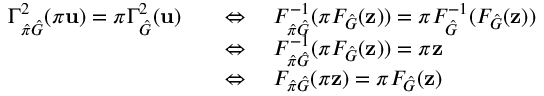
\begin{array} { r l } { \Gamma _ { \hat { \pi } \hat { G } } ^ { 2 } ( \pi \mathbf { u } ) = \pi \Gamma _ { \hat { G } } ^ { 2 } ( \mathbf { u } ) } & { \quad \Leftrightarrow \quad F _ { \hat { \pi } \hat { G } } ^ { - 1 } ( \pi F _ { \hat { G } } ( \mathbf { z } ) ) = \pi F _ { \hat { G } } ^ { - 1 } ( F _ { \hat { G } } ( \mathbf { z } ) ) } \\ & { \quad \Leftrightarrow \quad F _ { \hat { \pi } \hat { G } } ^ { - 1 } ( \pi F _ { \hat { G } } ( \mathbf { z } ) ) = \pi \mathbf { z } } \\ & { \quad \Leftrightarrow \quad F _ { \hat { \pi } \hat { G } } ( \pi \mathbf { z } ) = \pi F _ { \hat { G } } ( \mathbf { z } ) } \end{array}